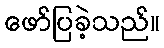
ဖော်ပြခဲ့သည်။